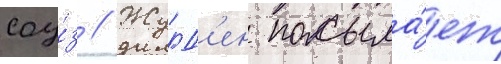
соу́з // Журд'ен посыла́ет